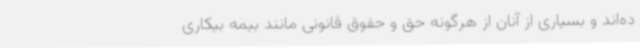
ده‌اند و بسیاری از آنان از هرگونه حق و حقوق قانونی مانند بیمه بیکاری